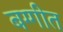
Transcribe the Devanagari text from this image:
बग्गीत